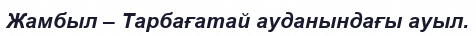
Жамбыл – Тарбағатай ауданындағы ауыл.